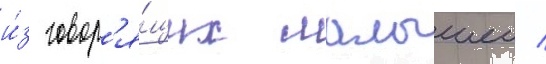
и́з говор'я́щих малышеи /